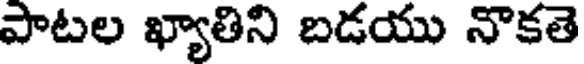
పాటల ఖ్యాతిని బడయు నొకతె